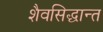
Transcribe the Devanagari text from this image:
शैवसिद्धान्त